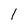
Character: 1